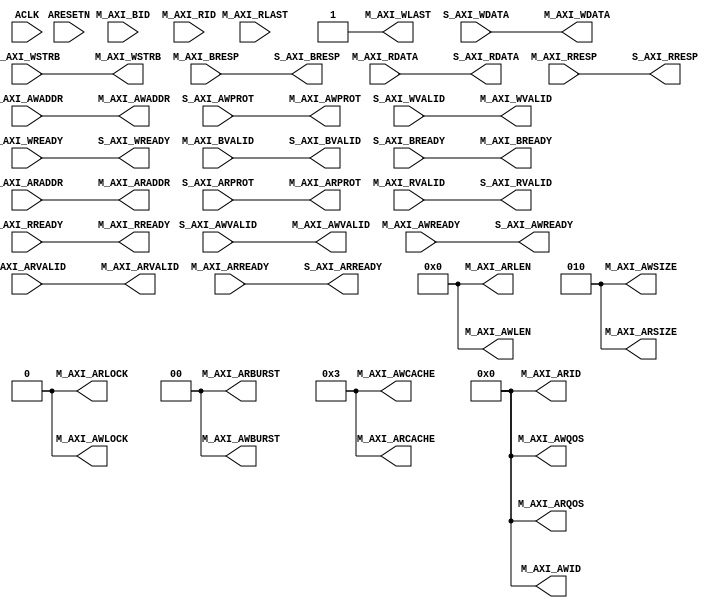
module axilite2axi #(
		// {{{
		parameter	C_AXI_ID_WIDTH	= 4,
				C_AXI_ADDR_WIDTH= 32,
				C_AXI_DATA_WIDTH= 32,
		parameter [C_AXI_ID_WIDTH-1:0]	C_AXI_WRITE_ID = 0,
						C_AXI_READ_ID = 0,
		localparam	ADDRLSB = $clog2(C_AXI_DATA_WIDTH)-3
		// }}}
	) (
		// {{{
		input	wire				ACLK,
		input	wire				ARESETN,
		// Slave AXI interface
		// {{{
		// Slave write signals
		input	wire				S_AXI_AWVALID,
		output	wire				S_AXI_AWREADY,
		input	wire	[C_AXI_ADDR_WIDTH-1:0]	S_AXI_AWADDR,
		input	wire	[3-1:0]			S_AXI_AWPROT,
		// Slave write data signals
		input	wire				S_AXI_WVALID,
		output	wire				S_AXI_WREADY,
		input	wire	[C_AXI_DATA_WIDTH-1:0]	S_AXI_WDATA,
		input	wire	[C_AXI_DATA_WIDTH/8-1:0] S_AXI_WSTRB,
		// Slave return write response
		output	wire				S_AXI_BVALID,
		input	wire				S_AXI_BREADY,
		output	wire	[2-1:0]			S_AXI_BRESP,
		// Slave read signals
		input	wire				S_AXI_ARVALID,
		output	wire				S_AXI_ARREADY,
		input	wire	[C_AXI_ADDR_WIDTH-1:0]	S_AXI_ARADDR,
		input	wire	[3-1:0]			S_AXI_ARPROT,
		// Slave read data signals
		output	wire				S_AXI_RVALID,
		input	wire				S_AXI_RREADY,
		output	wire	[C_AXI_DATA_WIDTH-1:0]	S_AXI_RDATA,
		output	wire	[2-1:0]			S_AXI_RRESP,
		// }}}
		// Master AXI interface
		// {{{
		// Master interface write address
		output	wire				M_AXI_AWVALID,
		input	wire				M_AXI_AWREADY,
		output	wire	[C_AXI_ID_WIDTH-1:0]	M_AXI_AWID,
		output	wire	[C_AXI_ADDR_WIDTH-1:0]	M_AXI_AWADDR,
		output	wire	[8-1:0]			M_AXI_AWLEN,
		output	wire	[3-1:0]			M_AXI_AWSIZE,
		output	wire	[2-1:0]			M_AXI_AWBURST,
		output	wire				M_AXI_AWLOCK,
		output	wire	[4-1:0]			M_AXI_AWCACHE,
		output	wire	[3-1:0]			M_AXI_AWPROT,
		output	wire	[4-1:0]			M_AXI_AWQOS,
		// Master write data
		output	wire				M_AXI_WVALID,
		input	wire				M_AXI_WREADY,
		output	wire	[C_AXI_DATA_WIDTH-1:0]	M_AXI_WDATA,
		output	wire	[C_AXI_DATA_WIDTH/8-1:0] M_AXI_WSTRB,
		output	wire				M_AXI_WLAST,
		// Master write response
		input	wire				M_AXI_BVALID,
		output	wire				M_AXI_BREADY,
		input	wire	[C_AXI_ID_WIDTH-1:0]	M_AXI_BID,
		input	wire	[1:0]			M_AXI_BRESP,
		// Master interface read address
		output	wire				M_AXI_ARVALID,
		input	wire				M_AXI_ARREADY,
		output	wire	[C_AXI_ID_WIDTH-1:0]	M_AXI_ARID,
		output	wire	[C_AXI_ADDR_WIDTH-1:0]	M_AXI_ARADDR,
		output	wire	[8-1:0]			M_AXI_ARLEN,
		output	wire	[3-1:0]			M_AXI_ARSIZE,
		output	wire	[2-1:0]			M_AXI_ARBURST,
		output	wire				M_AXI_ARLOCK,
		output	wire	[4-1:0]			M_AXI_ARCACHE,
		output	wire	[3-1:0]			M_AXI_ARPROT,
		output	wire	[4-1:0]			M_AXI_ARQOS,
		// Master interface read data return
		input	wire				M_AXI_RVALID,
		output	wire				M_AXI_RREADY,
		input	wire	[C_AXI_ID_WIDTH-1:0]	M_AXI_RID,
		input	wire	[C_AXI_DATA_WIDTH-1:0]	M_AXI_RDATA,
		input	wire				M_AXI_RLAST,
		input	wire	[2-1:0]			M_AXI_RRESP
		// }}}
		// }}}
	);

	assign	M_AXI_AWID    = C_AXI_WRITE_ID;
	assign	M_AXI_AWADDR  = S_AXI_AWADDR;
	assign	M_AXI_AWLEN   = 0;
	assign	M_AXI_AWSIZE  = ADDRLSB[2:0];
	assign	M_AXI_AWBURST = 0;
	assign	M_AXI_AWLOCK  = 0;
	assign	M_AXI_AWCACHE = 4'b0011; // As recommended by Xilinx UG1037
	assign	M_AXI_AWPROT  = S_AXI_AWPROT;
	assign	M_AXI_AWQOS   = 0;
	assign	M_AXI_AWVALID = S_AXI_AWVALID;
	assign	S_AXI_AWREADY = M_AXI_AWREADY;
	// Master write data
	assign	M_AXI_WDATA   = S_AXI_WDATA;
	assign	M_AXI_WLAST   = 1;
	assign	M_AXI_WSTRB   = S_AXI_WSTRB;
	assign	M_AXI_WVALID  = S_AXI_WVALID;
	assign	S_AXI_WREADY  = M_AXI_WREADY;
	// Master write response
	assign	S_AXI_BRESP   = M_AXI_BRESP;
	assign	S_AXI_BVALID  = M_AXI_BVALID;
	assign	M_AXI_BREADY  = S_AXI_BREADY;
	//
	//
	assign	M_AXI_ARID    = C_AXI_READ_ID;
	assign	M_AXI_ARADDR  = S_AXI_ARADDR;
	assign	M_AXI_ARLEN   = 0;
	assign	M_AXI_ARSIZE  = ADDRLSB[2:0];
	assign	M_AXI_ARBURST = 0;
	assign	M_AXI_ARLOCK  = 0;
	assign	M_AXI_ARCACHE = 4'b0011; // As recommended by Xilinx UG1037
	assign	M_AXI_ARPROT  = S_AXI_ARPROT;
	assign	M_AXI_ARQOS   = 0;
	assign	M_AXI_ARVALID = S_AXI_ARVALID;
	assign	S_AXI_ARREADY = M_AXI_ARREADY;
	//
	assign	S_AXI_RDATA   = M_AXI_RDATA;
	assign	S_AXI_RRESP   = M_AXI_RRESP;
	assign	S_AXI_RVALID  = M_AXI_RVALID;
	assign	M_AXI_RREADY  = S_AXI_RREADY;

	// Make Verilator happy
	// Verilator lint_off UNUSED
	wire	unused;
	assign	unused = &{ 1'b0, ACLK, ARESETN, M_AXI_RLAST, M_AXI_RID, M_AXI_BID };
	// Verilator lint_on UNUSED

`ifdef	FORMAL
	//
	// The following are some of the properties used to verify this design
	//

	localparam	F_LGDEPTH = 10;

	wire	[F_LGDEPTH-1:0]	faxil_awr_outstanding,
				faxil_wr_outstanding, faxil_rd_outstanding;

	faxil_slave #(
			.C_AXI_ADDR_WIDTH(C_AXI_ADDR_WIDTH),
			.C_AXI_DATA_WIDTH(C_AXI_DATA_WIDTH),
			.F_LGDEPTH(10),
			.F_AXI_MAXRSTALL(4),
			.F_AXI_MAXWAIT(9),
			.F_AXI_MAXDELAY(0)
	) faxil(.i_clk(ACLK), .i_axi_reset_n(ARESETN),
		//
		.i_axi_awready(S_AXI_AWREADY),
		.i_axi_awaddr( S_AXI_AWADDR),
		.i_axi_awcache(4'h0),
		.i_axi_awprot( S_AXI_AWPROT),
		.i_axi_awvalid(S_AXI_AWVALID),
		//
		.i_axi_wready(S_AXI_WREADY),
		.i_axi_wdata( S_AXI_WDATA),
		.i_axi_wstrb( S_AXI_WSTRB),
		.i_axi_wvalid(S_AXI_WVALID),
		//
		.i_axi_bready(S_AXI_BREADY),
		.i_axi_bresp( S_AXI_BRESP),
		.i_axi_bvalid(S_AXI_BVALID),
		//
		.i_axi_arready(S_AXI_ARREADY),
		.i_axi_araddr( S_AXI_ARADDR),
		.i_axi_arcache(4'h0),
		.i_axi_arprot( S_AXI_ARPROT),
		.i_axi_arvalid(S_AXI_ARVALID),
		//
		//
		.i_axi_rready(S_AXI_RREADY),
		.i_axi_rresp( S_AXI_RRESP),
		.i_axi_rvalid(S_AXI_RVALID),
		.i_axi_rdata( S_AXI_RDATA),
		//
		.f_axi_awr_outstanding(faxil_awr_outstanding),
		.f_axi_wr_outstanding(faxil_wr_outstanding),
		.f_axi_rd_outstanding(faxil_rd_outstanding));

	//
	// ...
	//

	faxi_master #(
			.C_AXI_ID_WIDTH(C_AXI_ID_WIDTH),
			.C_AXI_ADDR_WIDTH(C_AXI_ADDR_WIDTH),
			.C_AXI_DATA_WIDTH(C_AXI_DATA_WIDTH),
			.OPT_MAXBURST(0),
			.OPT_EXCLUSIVE(1'b0),
			.OPT_NARROW_BURST(1'b0),
			.F_OPT_NO_RESET(1'b1),
			.F_LGDEPTH(10),
			.F_AXI_MAXSTALL(4),
			.F_AXI_MAXRSTALL(0),
			.F_AXI_MAXDELAY(4)
	) faxi(.i_clk(ACLK), .i_axi_reset_n(ARESETN),
		//
		.i_axi_awready(M_AXI_AWREADY),
		.i_axi_awid(   M_AXI_AWID),
		.i_axi_awaddr( M_AXI_AWADDR),
		.i_axi_awlen(  M_AXI_AWLEN),
		.i_axi_awsize( M_AXI_AWSIZE),
		.i_axi_awburst(M_AXI_AWBURST),
		.i_axi_awlock( M_AXI_AWLOCK),
		.i_axi_awcache(M_AXI_AWCACHE),
		.i_axi_awprot( M_AXI_AWPROT),
		.i_axi_awqos(  M_AXI_AWQOS),
		.i_axi_awvalid(M_AXI_AWVALID),
		//
		.i_axi_wready(M_AXI_WREADY),
		.i_axi_wdata( M_AXI_WDATA),
		.i_axi_wstrb( M_AXI_WSTRB),
		.i_axi_wlast( M_AXI_WLAST),
		.i_axi_wvalid(M_AXI_WVALID),
		//
		.i_axi_bready(M_AXI_BREADY),
		.i_axi_bid(   M_AXI_BID),
		.i_axi_bresp( M_AXI_BRESP),
		.i_axi_bvalid(M_AXI_BVALID),
		//
		.i_axi_arready(M_AXI_ARREADY),
		.i_axi_arid(   M_AXI_ARID),
		.i_axi_araddr( M_AXI_ARADDR),
		.i_axi_arlen(  M_AXI_ARLEN),
		.i_axi_arsize( M_AXI_ARSIZE),
		.i_axi_arburst(M_AXI_ARBURST),
		.i_axi_arlock( M_AXI_ARLOCK),
		.i_axi_arcache(M_AXI_ARCACHE),
		.i_axi_arprot( M_AXI_ARPROT),
		.i_axi_arqos(  M_AXI_ARQOS),
		.i_axi_arvalid(M_AXI_ARVALID),
		//
		.i_axi_rid(   M_AXI_RID),
		.i_axi_rdata( M_AXI_RDATA),
		.i_axi_rready(M_AXI_RREADY),
		.i_axi_rresp( M_AXI_RRESP),
		.i_axi_rvalid(M_AXI_RVALID),
		//
		.f_axi_awr_nbursts(faxi_awr_nbursts),
		.f_axi_wr_pending(faxi_wr_pending),
		.f_axi_rd_nbursts(faxi_rd_nbursts),
		.f_axi_rd_outstanding(faxi_rd_outstanding)
		//
		// ...
		//
		);


	////////////////////////////////////////////////////////////////////////
	//
	// Induction rule checks
	//
	////////////////////////////////////////////////////////////////////////
	//
	//

	// First rule: the AXI solver isn't permitted to have any more write
	// bursts outstanding than the AXI-lite interface has.
	always @(*)
		assert(faxi_awr_nbursts == faxil_awr_outstanding);

	//
	// Second: Since our bursts are limited to one value each, and since
	// we can't send address bursts ahead of their data counterparts,
	// (AXI property limitation) faxi_wr_pending can only ever be one or
	// zero, and the counters must match
	always @(*)
	begin
		//
		// ...
		//

		if (faxil_awr_outstanding != 0)
		begin
			assert((faxil_awr_outstanding == faxil_wr_outstanding)
			||(faxil_awr_outstanding-1 == faxil_wr_outstanding));
		end

		if (faxil_awr_outstanding == 0)
			assert(faxil_wr_outstanding == 0);
	end

	//
	// ...
	//

	////////////////////////////////////////////////////////////////////////
	//
	// Known "bugs"
	//
	////////////////////////////////////////////////////////////////////////
	//
	// These are really more limitations in the AXI properties than
	// bugs in the code, but they need to be documented here.
	//
	generate if (C_AXI_DATA_WIDTH > 8)
	begin
		// The AXI-lite property checker doesn't validate WSTRB
		// values like it should.  If we don't force the AWADDR
		// LSBs to zero, the solver will pick an invalid WSTRB.
		//
		always @(*)
			assume(S_AXI_AWADDR[$clog2(C_AXI_DATA_WIDTH)-3:0] == 0);
		always @(*)
			assert(faxi_wr_addr[$clog2(C_AXI_DATA_WIDTH)-3:0] == 0);
	end endgenerate

	//
	// The AXI solver can't handle write transactions without either a
	// concurrent or proceeding write address burst.  Here we make that
	// plain.  It's not likely to cause any problems, but still worth
	// noting.
	always @(*)
	if (faxil_awr_outstanding == faxil_wr_outstanding)
		assume(S_AXI_AWVALID || !S_AXI_WVALID);
	else if (faxil_awr_outstanding > faxil_wr_outstanding)
		assume(!S_AXI_AWVALID);

	//
	// We need to make certain that our counters never overflow.  This is
	// an assertion within the property checkers, so we need an appropriate
	// matching assumption here.  In practice, F_LGDEPTH could be set
	// so arbitrarily large that this assumption would never get hit,
	// but the solver doesn't know that.
	always @(*)
	if (faxil_rd_outstanding >= {{(F_LGDEPTH-1){1'b1}}, 1'b0 })
		assume(!S_AXI_ARVALID);

	always @(*)
	if (faxil_awr_outstanding >= {{(F_LGDEPTH-1){1'b1}}, 1'b0 })
		assume(!S_AXI_AWVALID);

`endif
endmodule